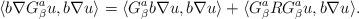
LaTeX: \begin{align*}\langle b\nabla G_{\beta}^{a}u,b\nabla u\rangle=\langle G_{\beta}^{a}b\nabla u,b\nabla u\rangle+\langle G_{\beta}^{a}RG_{\beta}^{a}u,b\nabla u\rangle.\end{align*}